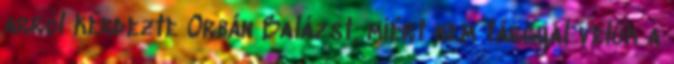
arról kérdezte Orbán Balázst, miért nem tárgyal velük a